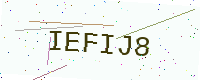
Text: IEFIJ8